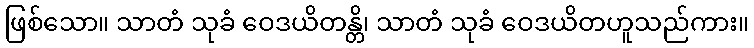
ဖြစ်သော။ သာတံ သုခံ ဝေဒယိတန္တိ၊ သာတံ သုခံ ဝေဒယိတဟူသည်ကား။